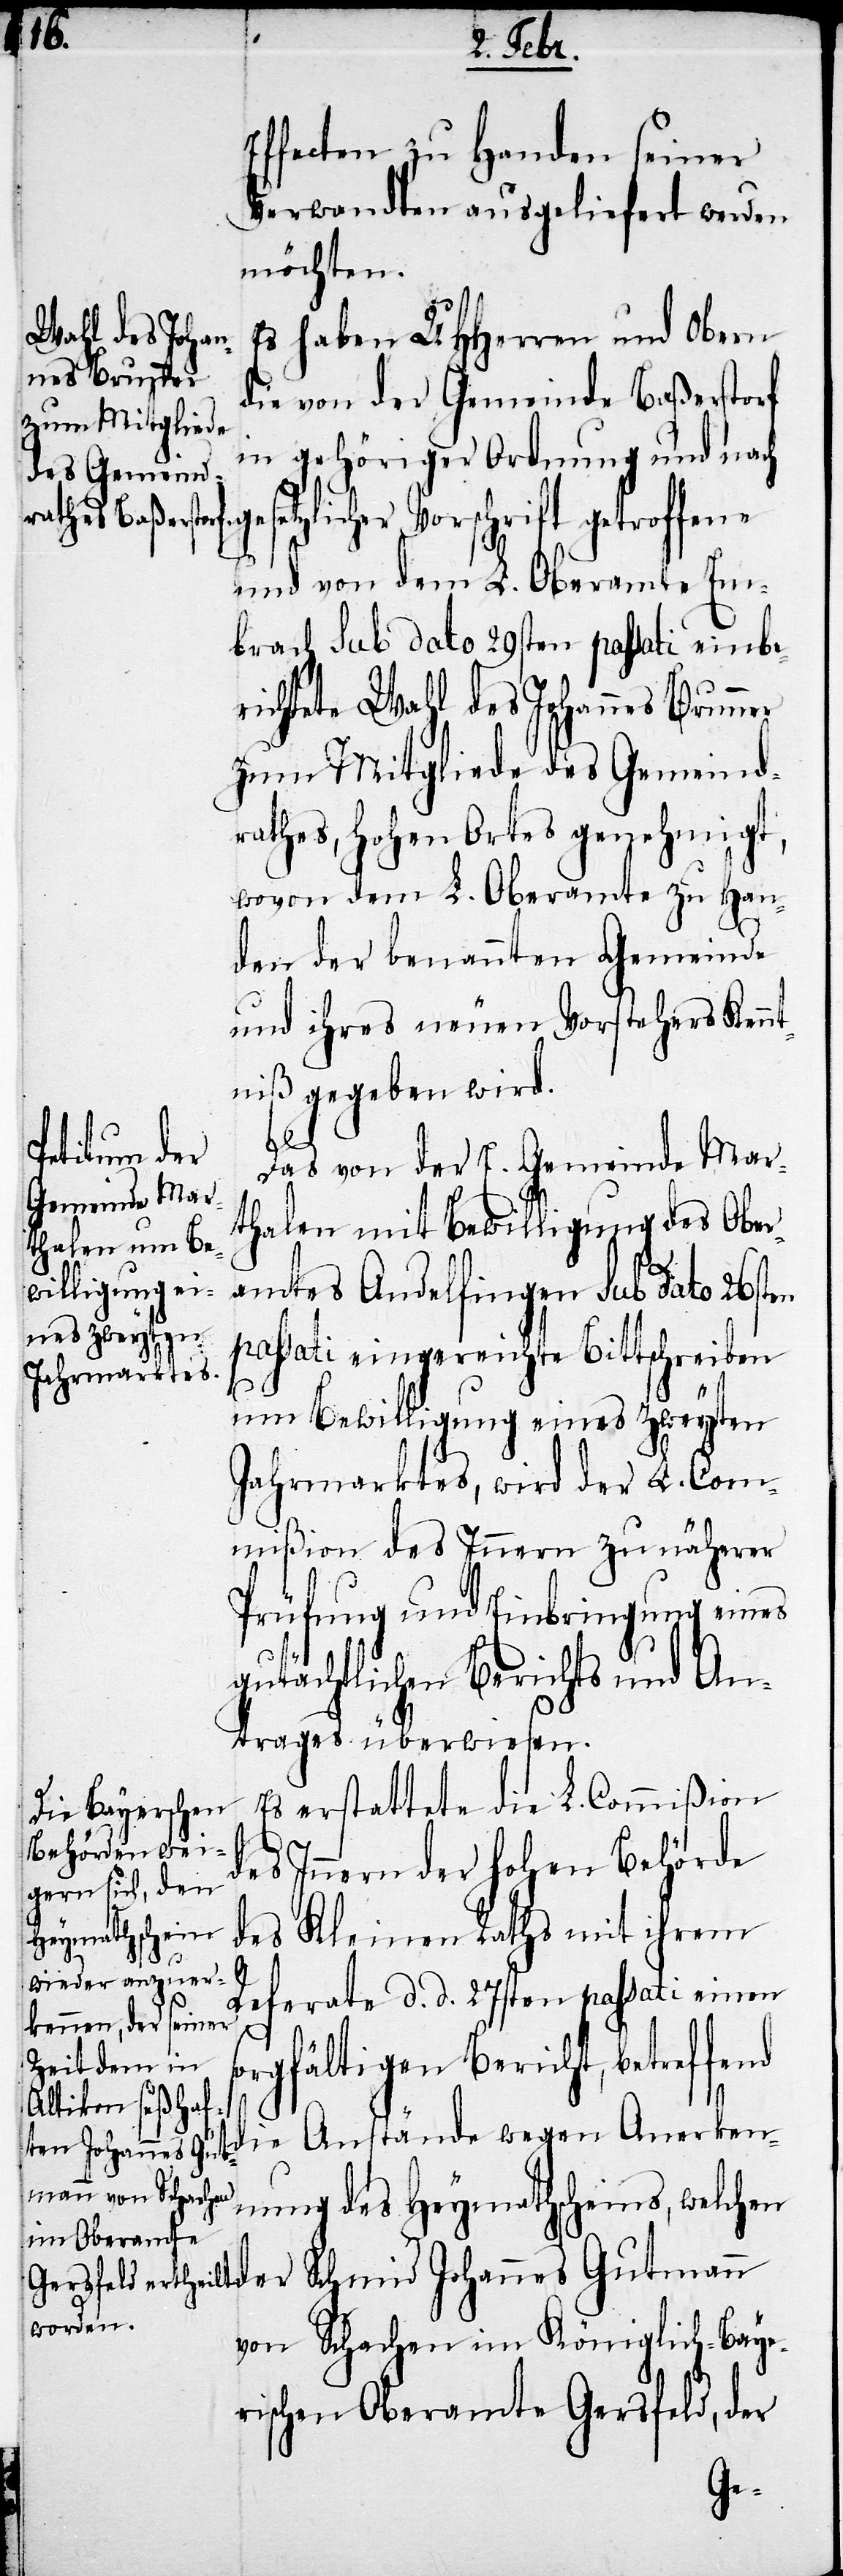
Effecten zu Handen seiner
Verwandten ausgeliefert werden
möchten.
Es haben UHHerren und Obern
die von der Gemeinde Baßerstorf
in gehöriger Ordnung und nach
gesetzlicher Vorschrift getroffene
und von dem L. Oberamte Em¬
brach sub dato 29sten passati einbe¬
richtete Wahl des Johannes Brunner
zum Mitgliede des Gemeind¬
rathes, hohen Ortes genehmigt,
wovon dem L. Oberamte zu Han¬
den der benannten Gemeinde
und ihres neuen Vorstehers Kennt¬
niß gegeben wird.
s¬
Das von der E. Gemeinde Mar¬
thalen mit Bewilligung des Ober¬
amtes Andelfingen sub dato 26sten
passati eingereichte Bittschreiben
um Bewilligung eines zweyten
Jahrmarktes, wird der L. Com¬
mißion des Innern zu näherer
Prüfung und Einbringung eines
gutächtlichen Berichts und An¬
trages überwiesen.
Es erstattete die L. Commißion
es Innern der hohen Behörde
des Kleinen Raths mit ihrem
d¬
Referate d. d. 27sten passati einen
orgfältigen Bericht, betreffend
die Anstände wegen Anerken¬
nung des Heymathscheins, welchen
der Schmid Johannes Gutmann
von Schachen im Königlich-Baye¬
rischen Oberamte Gersfeld, der